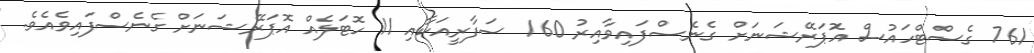
761 ގެސްޓްހައުސް އޮަޕަރޭޝަނަށް ގެނެސްފައިވާއިރު 160 ސަފާރީއަކާއި 11 ހޮޓަލެއް އޮޕަރޭޝަނަށް ގެނެސްފައިވެއެވެ.